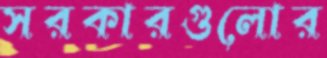
সরকারগুলোর